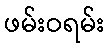
ဖမ်းဝရမ်း